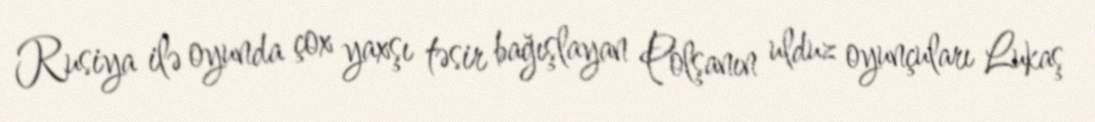
Rusiya ilə oyunda çox yaxşı təsir bağışlayan Polşanın ulduz oyunçuları Lukaş